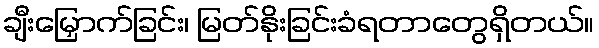
ချီးမြှောက်ခြင်း၊ မြတ်နိုးခြင်းခံရတာတွေရှိတယ်။